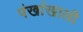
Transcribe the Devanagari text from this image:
पंखांखाली